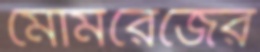
মোমরেজের